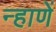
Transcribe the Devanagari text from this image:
न्हाणें